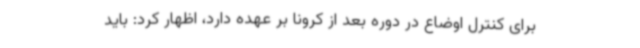
برای کنترل اوضاع در دوره بعد از کرونا بر عهده دارد، اظهار کرد: باید